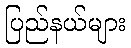
ပြည်နယ်များ